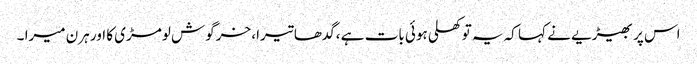
اس پر بھیڑیے نے کہا کہ یہ تو کھلی ہوئی بات ہے ،گدھا تیرا، خرگوش لومڑی کا اور ہرن میرا ۔